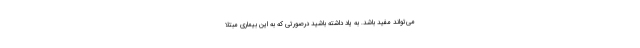
می‌تواند مفید باشد. به یاد داشته باشید درصورتی که به این بیماری مبتلا